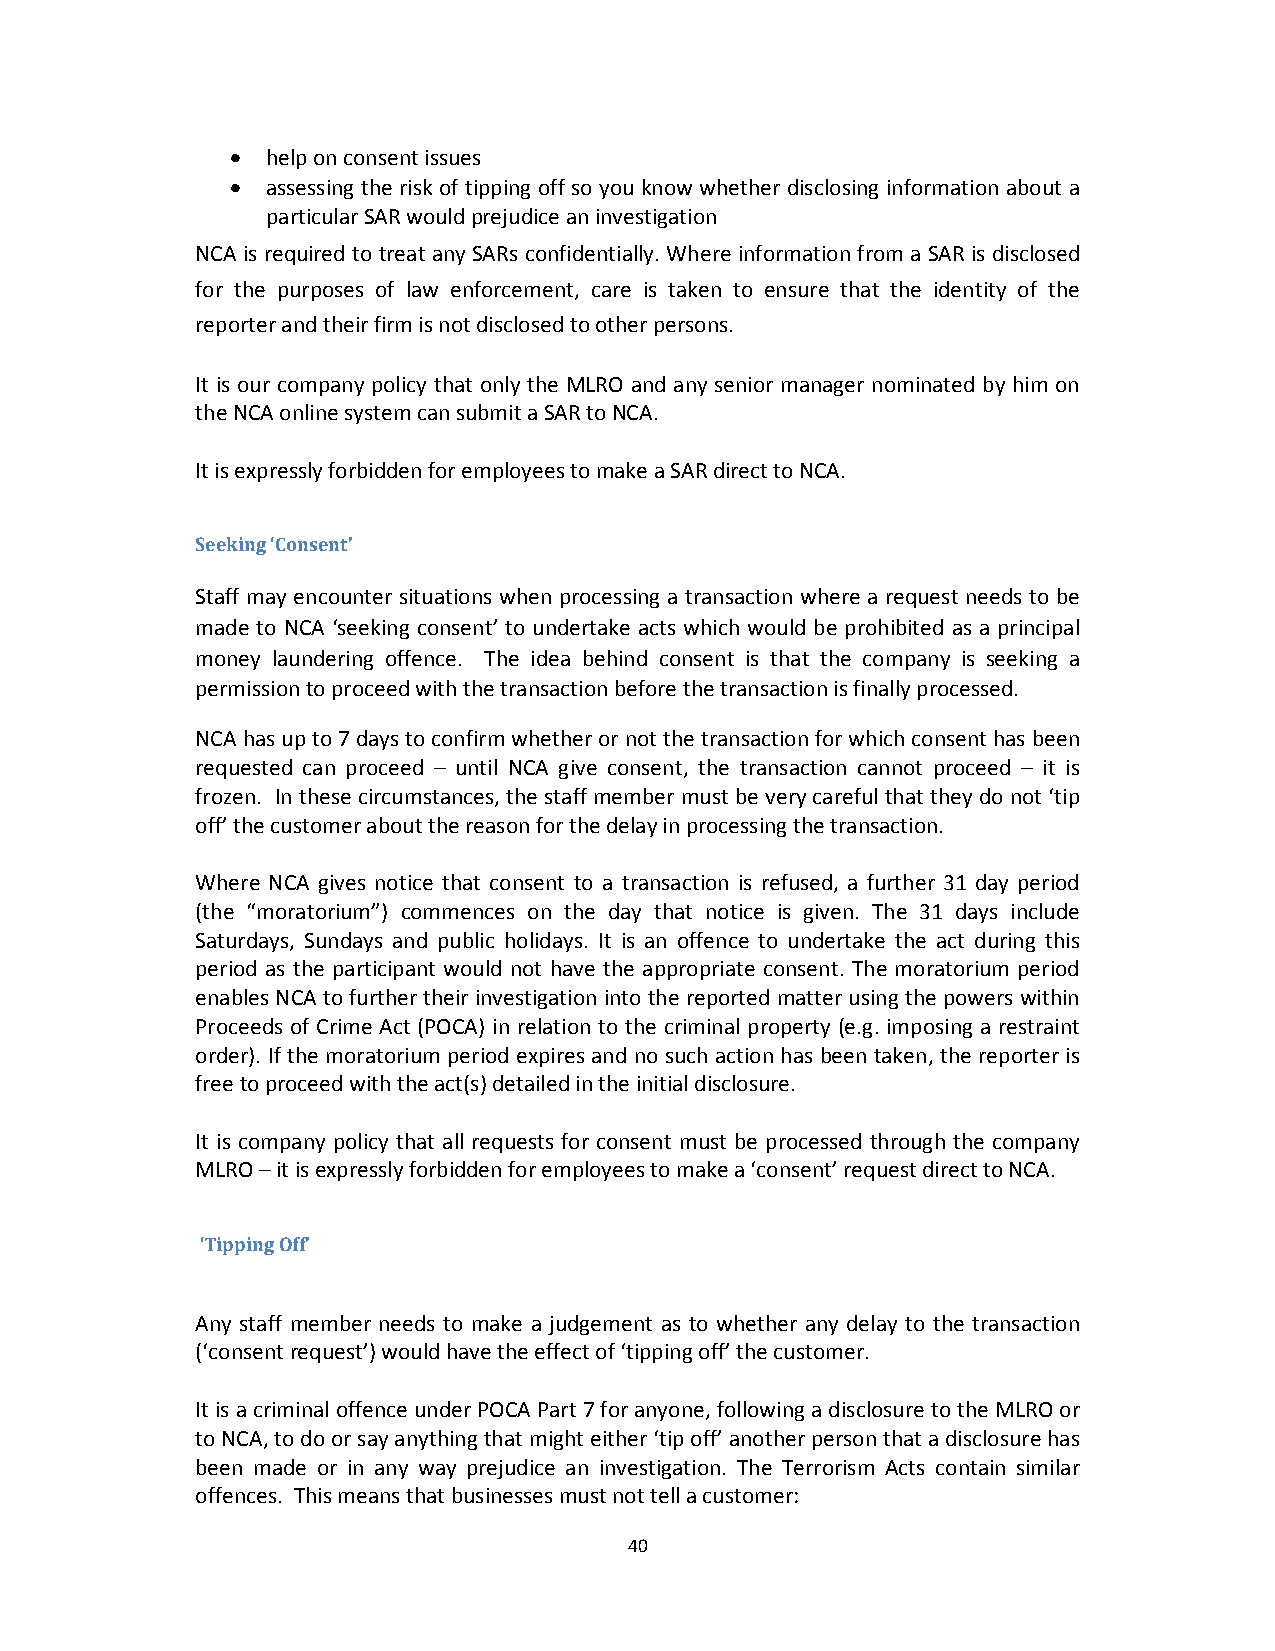
  help on consent issues
   assessing the risk of tipping off so you know whether disclosing information about a
 particular SAR would prejudice an investigation
 NCA is required to treat any SARs confidentially. Where information from a SAR is disclosed
 for the purposes of law enforcement, care is taken to ensure that the identity of the
 reporter and their firm is not disclosed to other persons.
 It is our company policy that only the MLRO and any senior manager nominated by him on
 the NCA online system can submit a SAR to NCA.
 It is expressly forbidden for employees to make a SAR direct to NCA.
 Seeking ‘Consent’
 Staff may encounter situations when processing a transaction where a request needs to be
 made to NCA ‘seeking consent’ to undertake acts which would be prohibited as a principal
 money laundering offence. The idea behind consent is that the company is seeking a
 permission to proceed with the transaction before the transaction is finally processed.
 NCA has up to 7 days to confirm whether or not the transaction for which consent has been
 requested can proceed – until NCA give consent, the transaction cannot proceed – it is
 frozen. In these circumstances, the staff member must be very careful that they do not ‘tip
 off’ the customer about the reason for the delay in processing the transaction.
 Where NCA gives notice that consent to a transaction is refused, a further 31 day period
 (the “moratorium”) commences on the day that notice is given. The 31 days include
 Saturdays, Sundays and public holidays. It is an offence to undertake the act during this
 period as the participant would not have the appropriate consent. The moratorium period
 enables NCA to further their investigation into the reported matter using the powers within
 Proceeds of Crime Act (POCA) in relation to the criminal property (e.g. imposing a restraint
 order). If the moratorium period expires and no such action has been taken, the reporter is
 free to proceed with the act(s) detailed in the initial disclosure.
 It is company policy that all requests for consent must be processed through the company
 MLRO – it is expressly forbidden for employees to make a ‘consent’ request direct to NCA.
 ‘Tipping Off’
 Any staff member needs to make a judgement as to whether any delay to the transaction
 (‘consent request’) would have the effect of ‘tipping off’ the customer.
 It is a criminal offence under POCA Part 7 for anyone, following a disclosure to the MLRO or
 to NCA, to do or say anything that might either ‘tip off’ another person that a disclosure has
 been made or in any way prejudice an investigation. The Terrorism Acts contain similar
 offences. This means that businesses must not tell a customer:
 40